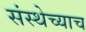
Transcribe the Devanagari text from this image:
संस्थेच्याच